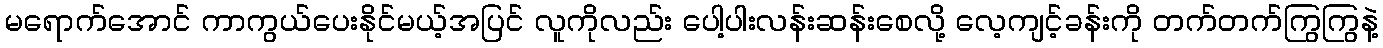
မရောက်အောင် ကာကွယ်ပေးနိုင်မယ့်အပြင် လူကိုလည်း ပေါ့ပါးလန်းဆန်းစေလို့ လေ့ကျင့်ခန်းကို တက်တက်ကြွကြွနဲ့